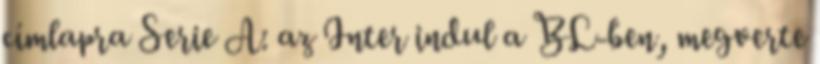
címlapra Serie A: az Inter indul a BL-ben, megverte